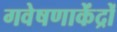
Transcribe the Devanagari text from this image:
गवेषणाकेंद्रों